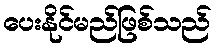
ပေးနိုင်မည်ဖြစ်သည်